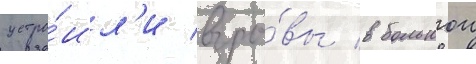
устро́ил'и взры́вы в большои